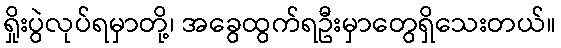
ရှိုးပွဲလုပ်ရမှာတို့၊ အခွေထွက်ရဦးမှာတွေရှိသေးတယ်။